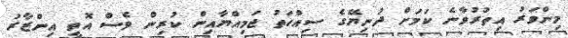
މިންވަރު އިތުރުވާނެ ކަމަށް ދުނިޔޭގެ ސިއްހަތު ޖަމިއްޔާއިން ކުރިން ވެސް އޮތީ އިންޒާރު